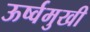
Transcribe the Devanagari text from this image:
ऊर्ष्वमुखी